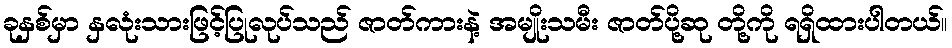
ခုနှစ်မှာ နှလုံးသားဖြင့်ပြုလုပ်သည် ဇာတ်ကားနဲ့ အမျိုးသမီး ဇာတ်ပို့ဆု တို့ကို ရရှိထားပါတယ်။